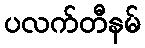
ပလက်တီနမ်